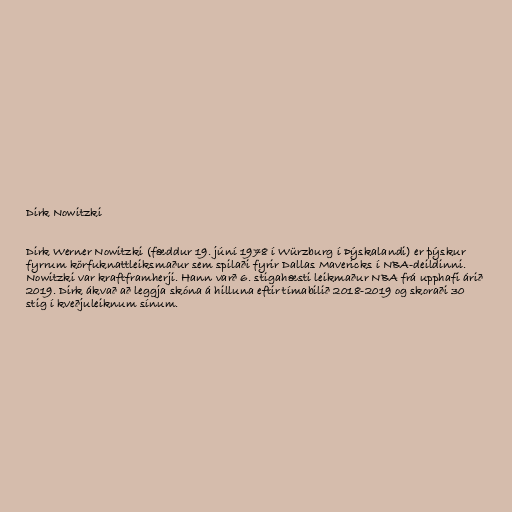
Dirk Nowitzki

Dirk Werner Nowitzki (fæddur 19. júní 1978 í Würzburg í Þýskalandi) er þýskur
fyrrum körfuknattleiksmaður sem spilaði fyrir Dallas Mavericks í NBA-deildinni.
Nowitzki var kraftframherji. Hann varð 6. stigahæsti leikmaður NBA frá upphafi árið
2019. Dirk ákvað að leggja skóna á hilluna eftir tímabilið 2018-2019 og skoraði 30
stig í kveðjuleiknum sínum.